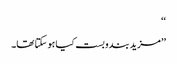
‘‘
’’مزید بندوبست کیا ہو سکتا تھا۔